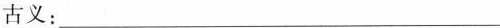
古义：___